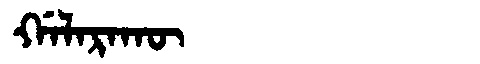
Manchu: ᡤᠠᠯᠠᡵᠠᡴᡡ
Romanization: GALARAKŪ